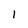
Character: 1